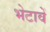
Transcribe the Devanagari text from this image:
भेटावें